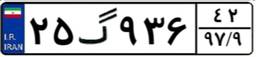
۲۵گ۹۳۶۴۲